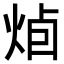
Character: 𭴭